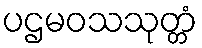
ပဌမဝသသုတ္တံ